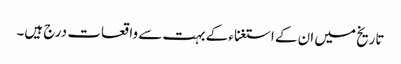
تاریخ میں ان کے استغناء کے بہت سے واقعات درج ہیں۔